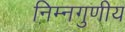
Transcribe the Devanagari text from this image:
निम्नगुणीय